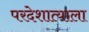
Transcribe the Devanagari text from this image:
परदेशात्याला